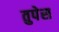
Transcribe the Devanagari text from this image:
तुपेस